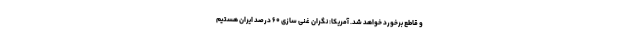
و قاطع برخورد خواهد شد. آمریکا: نگران غنی سازی ۶۰ درصد ایران هستیم